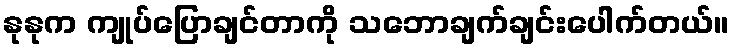
နုနုက ကျုပ်ပြောချင်တာကို သဘောချက်ချင်းပေါက်တယ်။